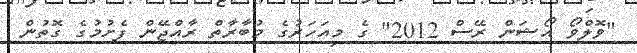
"ވޮލްވޯ އޯޝަން ރޭސް 2012" ގެ މިއަހަރުގެ މުބާރާތް ރާއްޖޭން ފެށުމުގެ ގޮތުން